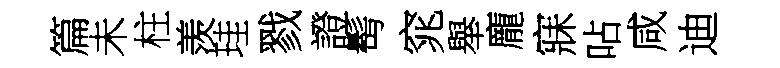
篇未柱羡珪戮證髩窕舉龐寐呫咸迪